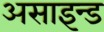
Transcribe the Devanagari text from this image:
असाइन्ड